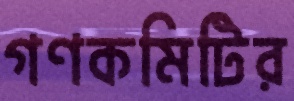
গণকমিটির